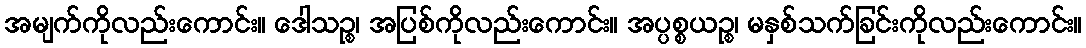
အမျက်ကိုလည်းကောင်း။ ဒေါသဉ္စ၊ အပြစ်ကိုလည်းကောင်း။ အပ္ပစ္စယဉ္စ၊ မနှစ်သက်ခြင်းကိုလည်းကောင်း။